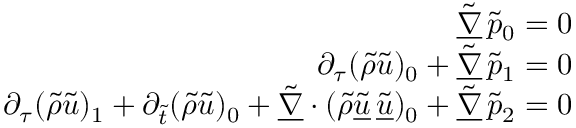
\begin{array} { r } { \underline { { \tilde { \nabla } } } \, \tilde { p } _ { 0 } = 0 } \\ { \partial _ { \tau } ( \tilde { \rho } \tilde { u } ) _ { 0 } + \underline { { \tilde { \nabla } } } \, \tilde { p } _ { 1 } = 0 } \\ { \partial _ { \tau } ( \tilde { \rho } \tilde { u } ) _ { 1 } + \partial _ { \tilde { t } } ( \tilde { \rho } \tilde { u } ) _ { 0 } + \underline { { \tilde { \nabla } } } \cdot ( \tilde { \rho } \underline { { \tilde { u } } } \, \underline { { \tilde { u } } } ) _ { 0 } + \underline { { \tilde { \nabla } } } \, \tilde { p } _ { 2 } = 0 } \end{array}